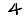
Digit: 4